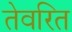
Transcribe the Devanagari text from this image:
तेवरित